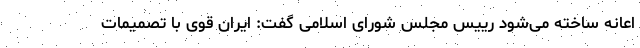
اعانه‌ ساخته می‌شود رییس مجلس شورای اسلامی گفت: ایران‌ قوی با تصمیمات